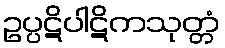
ဥပ္ပဋိပါဋိကသုတ္တံ